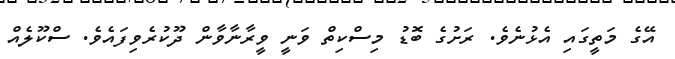
އޭގެ މަތީގައި އެޅުނެވެ. ރަށުގެ ބޮޑު މިސްކިތް ވަނީ ވީރާނާވާން ދޫކުރެވިފައެވެ. ސްކޫލެއް